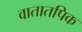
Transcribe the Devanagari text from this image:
वातातपिक